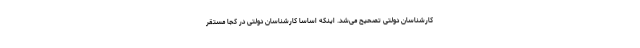
کارشناسان دولتی تصحیح می‌شد. اینکه اساسا کارشناسان دولتی در کجا مستقر